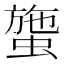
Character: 䗐